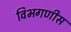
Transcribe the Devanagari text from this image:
विभगणीस